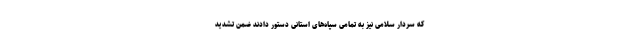
که سردار سلامی نیز به تمامی سپاه‌های استانی دستور دادند ضمن تشدید